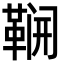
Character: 𮧛